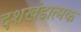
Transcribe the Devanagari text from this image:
दशखंडात्मक